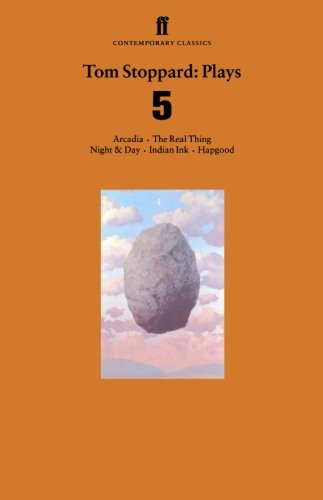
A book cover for Tom Stoppard: Plays 5 : Arcadia, The Real Thing, Night & Day, Indian Ink, Hapgood; Tom Stoppard; Literature & Fiction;